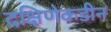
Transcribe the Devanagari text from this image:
दक्षिणेकडीन